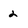
Character: 2